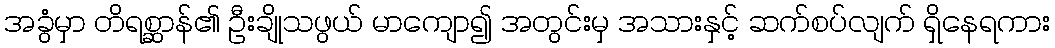
အခွံမှာ တိရစ္ဆာန်၏ ဦးချိုသဖွယ် မာကျော၍ အတွင်းမှ အသားနှင့် ဆက်စပ်လျက် ရှိနေရကား